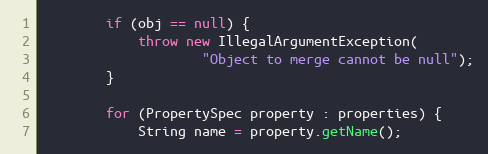
Language: Java
        if (obj == null) {
            throw new IllegalArgumentException(
                    "Object to merge cannot be null");
        }

        for (PropertySpec property : properties) {
            String name = property.getName();